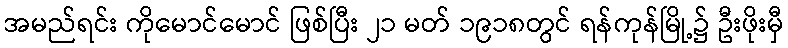
အမည်ရင်း ကိုမောင်မောင် ဖြစ်ပြီး ၂၁ မတ် ၁၉၁၈တွင် ရန်ကုန်မြို့၌ ဦးဖိုးမှီ